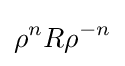
\rho ^{n}R\rho ^{-n}